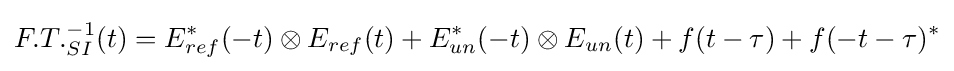
F.T._{SI}^{-1}(t)=E_{ref}^{\ast }(-t)\otimes E_{ref}(t)+E_{un}^{\ast }(-t)\otimes E_{un}(t)+f(t-\tau )+f(-t-\tau )^{\ast }